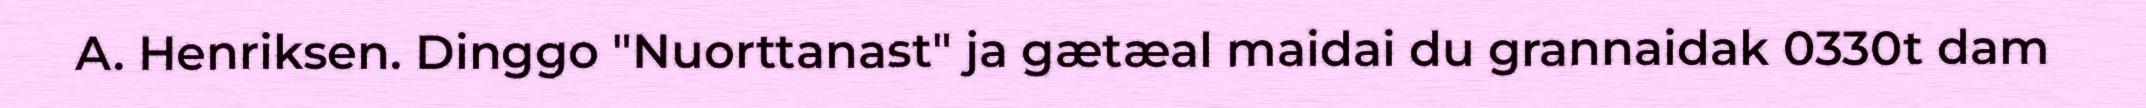
A. Henriksen. Dinggo "Nuorttanast" ja gætæal maidai du grannaidak 0330t dam